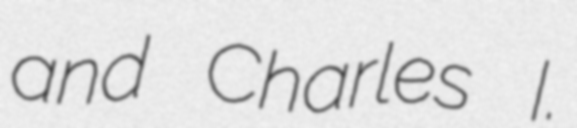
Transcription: and Charles I.